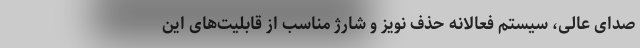
صدای عالی، سیستم فعالانه حذف نویز و شارژ مناسب از قابلیت‌های این